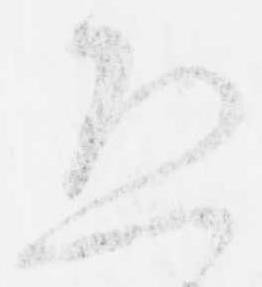
恐